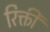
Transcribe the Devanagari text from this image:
रिक्ती